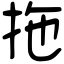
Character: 拖